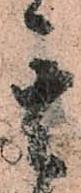
其